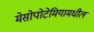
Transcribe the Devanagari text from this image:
मेसोपोटेमियामधील